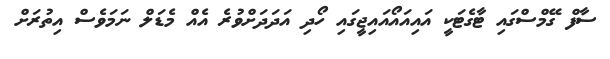
ސާފް ގޭމްސްގައި ޓާގެޓަކީ އައިއައޯއައިޖީގައި ހޯދި އަދަދަށްވުރެ އެއް މެޑަލް ނަމަވެސް އިތުރަށް